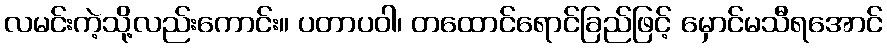
လမင်းကဲ့သို့လည်းကောင်း။ ပတာပဝါ၊ တထောင်ရောင်ခြည်ဖြင့် မှောင်မသီရအောင်